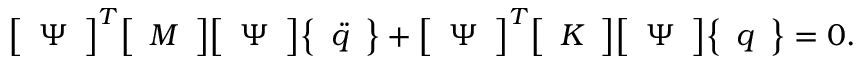
{ \left[ \begin{array} { l } { \Psi } \end{array} \right] } ^ { T } { \left[ \begin{array} { l } { M } \end{array} \right] } { \left[ \begin{array} { l } { \Psi } \end{array} \right] } { \left\{ \begin{array} { l } { { \ddot { q } } } \end{array} \right\} } + { \left[ \begin{array} { l } { \Psi } \end{array} \right] } ^ { T } { \left[ \begin{array} { l } { K } \end{array} \right] } { \left[ \begin{array} { l } { \Psi } \end{array} \right] } { \left\{ \begin{array} { l } { q } \end{array} \right\} } = 0 .